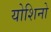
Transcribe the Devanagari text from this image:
योशिनो